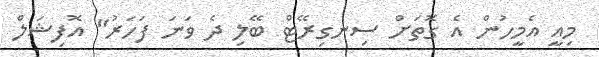
މިއީ އެމީހުން އެ ގޮތަށް ސިނގިރޭޓް ބޭލި ދެ ވަނަ ފަހަރު" އޮފިޝަލް